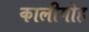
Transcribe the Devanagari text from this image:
कालीगोह